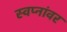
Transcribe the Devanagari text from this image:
स्वप्नांवर